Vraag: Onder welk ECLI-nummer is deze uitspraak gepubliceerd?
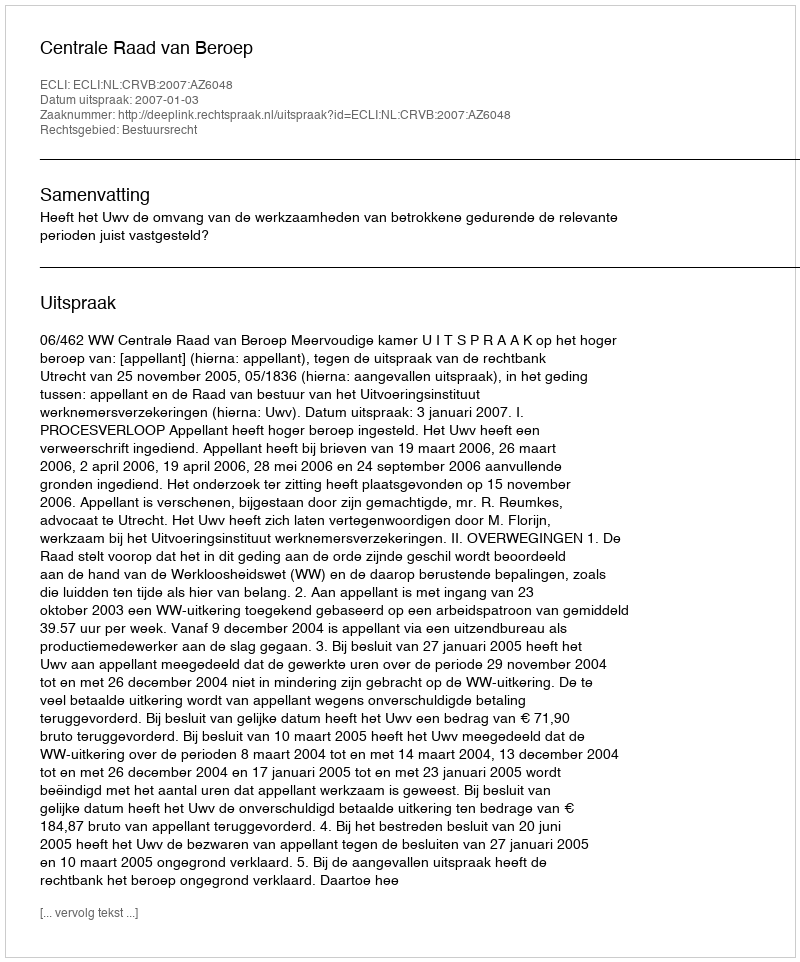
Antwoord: ECLI:NL:CRVB:2007:AZ6048